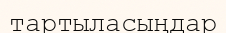
тартыласыңдар